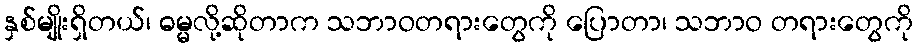
နှစ်မျိုးရှိတယ်၊ ဓမ္မလို့ဆိုတာက သဘာဝတရားတွေကို ပြောတာ၊ သဘာဝ တရားတွေကို